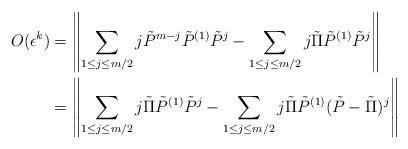
LaTeX: \begin{align*}O(\epsilon^k) &= \left\| \sum_{1\le j\le m/2} j\tilde{P}^{m-j}\tilde{P}^{(1)}\tilde{P}^j - \sum_{1\le j\le m/2} j \tilde{\Pi}\tilde{P}^{(1)} \tilde{P}^j \right\| \\&= \left\| \sum_{1\le j\le m/2} j\tilde{\Pi}\tilde{P}^{(1)}\tilde{P}^j - \sum_{1\le j\le m/2} j \tilde{\Pi}\tilde{P}^{(1)} (\tilde{P}-\tilde{\Pi})^j \right\| \end{align*}